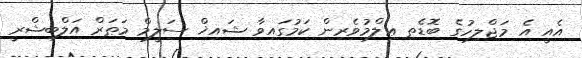
އެއީ އެ މަޖްލިހުގެ ބޮޑެތި ޢިލްމުވެރިން ކަމުގައިވާ ޝައިޚް ސަލީމް މަޠަރް އަލްބިޝްރީ